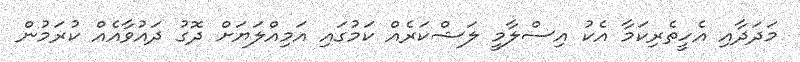
މަދަދާއި އެހީތެރިކަމާ އެކު އިސްލާމީ ލަޝްކަރެއް ކަމުގައި އަމިއްލަޔަށް ދޮގު ދައުވާއެއް ކުރަމުން